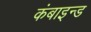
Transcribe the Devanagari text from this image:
कंबाइन्ड